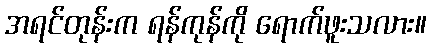
အရင်တုန်းက ရန်ကုန်ကို ရောက်ဖူးသလား။